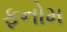
ફનોમ